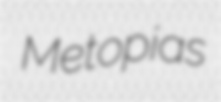
Metopias